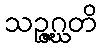
သဉ္ဇဂ္ဃတိ